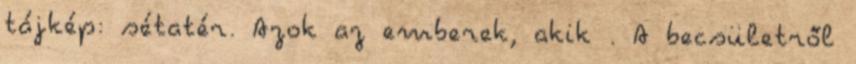
tájkép: sétatér. Azok az emberek, akik . A becsületről